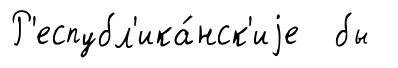
Р'еспубл'ика́нск'иjе бы